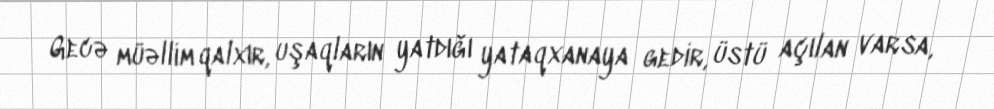
Gecə müəllim qalxır, uşaqların yatdığı yataqxanaya gedir, üstü açılan varsa,